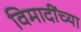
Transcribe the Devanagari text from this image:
विमादींच्या